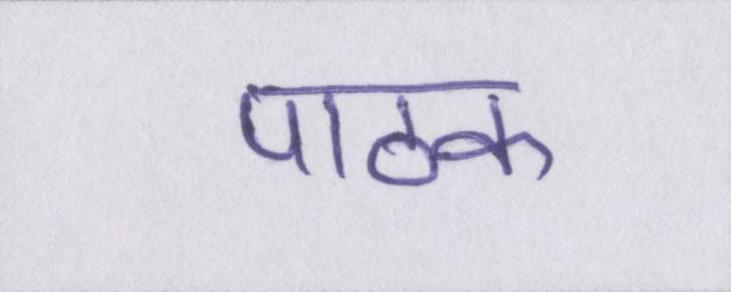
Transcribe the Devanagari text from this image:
पाठक